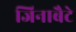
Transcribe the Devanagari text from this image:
जिनाबैटे